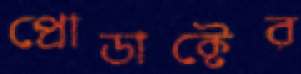
প্রোডাক্টের